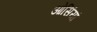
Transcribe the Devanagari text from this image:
ओसिंयां